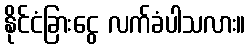
နိုင်ငံခြားငွေ လက်ခံပါသလား။